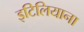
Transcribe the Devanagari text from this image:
इटिलियाना